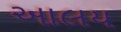
આલય